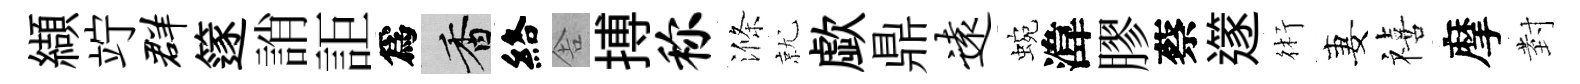
纈竚群篴誚詎爲香絡舎搏称滌就歔鼎远蜿湋膠蔡𨗹術妻禧摩𭔹